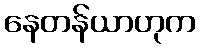
နေတန်ယာဟုက